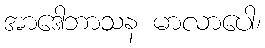
အာဒေါဘာသန မာလာပေါ၊